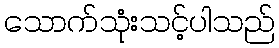
သောက်သုံးသင့်ပါသည်